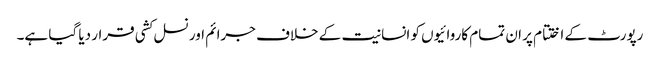
رپورٹ کے اختتام پر ان تمام کاروائیوں کو انسانیت کے خلاف جرائم اور نسل کشی قرار دیا گیا ہے۔